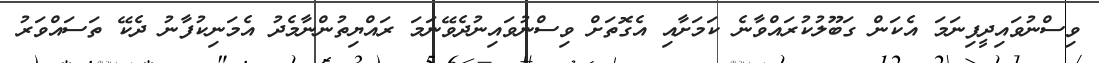
ވިސްނުވައިދީފިނަމަ އެކަން ގަބޫލުކުރައްވާނެ ކަމަށާއި އެގޮތަށް ވިސްނުވައިނުދެވޭނަމަ ރައްޔިތުންނާމެދު އެމަނިކުފާނު ދެކޭ ތަސައްވަރު